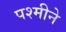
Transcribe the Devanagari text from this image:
पश्मीने